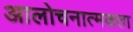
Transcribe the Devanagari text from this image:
आलोचनात्मकता